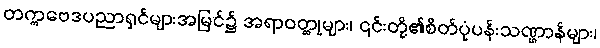
တက္ကဗေဒပညာရှင်များအမြင်၌ အရာဝတ္ထုများ၊ ၎င်းတို့၏စိတ်ပုံပန်းသဏ္ဌာန်များ၊